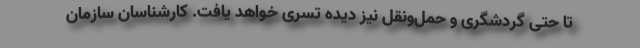
تا حتی گردشگری و حمل‌ونقل نیز دیده تسری خواهد یافت. کارشناسان سازمان